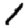
Digit: 1